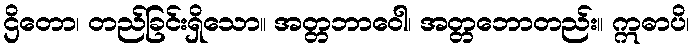
ဌိတော၊ တည်ခြင်းရှိသော။ အတ္တဘာဝေါ၊ အတ္တဘောတည်း။ ဣဓာပိ၊